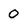
Character: 0